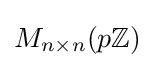
M_{n\times n}(p\mathbb {Z} )